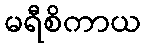
မရီစိကာယ